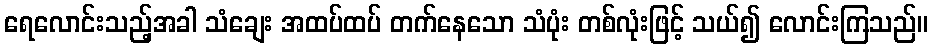
ရေလောင်းသည့်အခါ သံချေး အထပ်ထပ် တက်နေသော သံပုံး တစ်လုံးဖြင့် သယ်၍ လောင်းကြသည်။